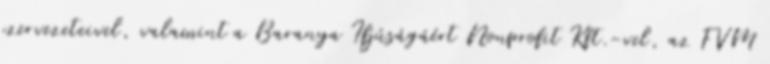
szervezeteivel, valamint a Baranya Ifjúságáért Nonprofit Kft.-vel, az FVM